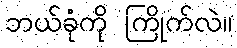
ဘယ်ခုံကို ကြိုက်လဲ။